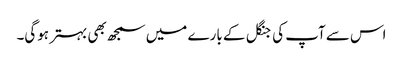
اس سے آپ کی جنگل کے بارے میں سمجھ بھی بہتر ہوگی۔